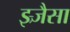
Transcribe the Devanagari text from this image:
झ्र्जैसा